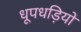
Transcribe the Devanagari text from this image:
धूपधड़ियों